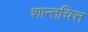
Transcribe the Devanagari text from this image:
शान्तचित्त